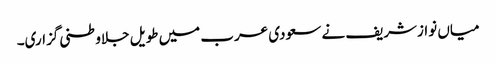
میاں نوازشریف نے سعودی عرب میں طویل جلاوطنی گزاری۔